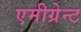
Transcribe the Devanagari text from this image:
एमीग्रेन्ट